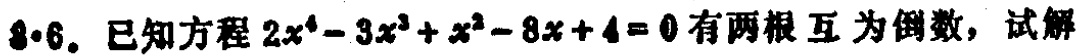
8·6. 已知方程\(2x^{4}-3x^{3}+x^{2}-8x + 4 = 0\)有两根互为倒数，试解